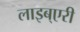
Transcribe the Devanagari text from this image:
लाइब्एरी